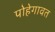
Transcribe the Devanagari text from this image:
पोहेगावत